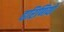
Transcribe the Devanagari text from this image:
हरिणियों